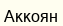
Аккоян